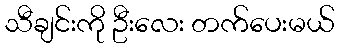
သီချင်းကို ဦးလေး တက်ပေးမယ်